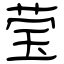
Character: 莹